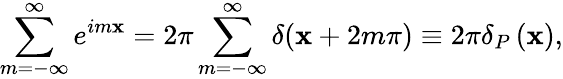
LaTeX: \sum_{m=-\infty}^{\infty}e^{im\mathbf{x}}=2\pi\sum_{m=-\infty}^{\infty}\delta(\mathbf{x}+2m\pi)\equiv2\pi\delta_{P}\left(\mathbf{x}\right),